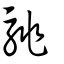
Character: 駣